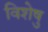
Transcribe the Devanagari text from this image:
विशेषु